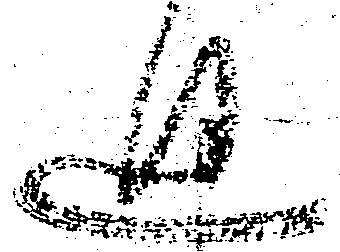
廻